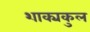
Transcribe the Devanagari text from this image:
शाक्यकुल